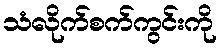
သံလိုက်စက်ကွင်းကို